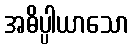
အဓိပ္ပါယာသော